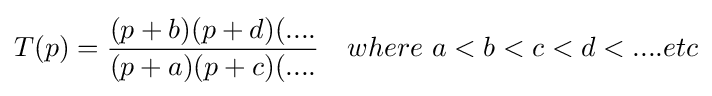
T(p)={\frac {(p+b)(p+d)(....}{(p+a)(p+c)(....}}\quad where\ a<b<c<d<....etc